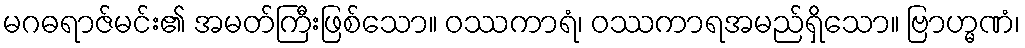
မဂဓရာဇ်မင်း၏ အမတ်ကြီးဖြစ်သော။ ဝဿကာရံ၊ ဝဿကာရအမည်ရှိသော။ ဗြာဟ္မဏံ၊